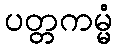
ပတ္တကမ္မံ